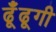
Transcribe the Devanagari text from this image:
ढूँढूगी